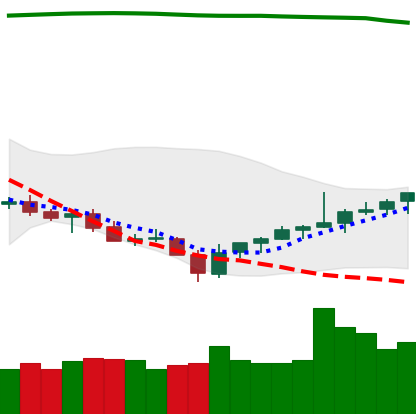
Ticker: TRX-USD
Chart end date: 2021-07-30
Forward return: 6.515%
Label: up_5_7